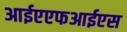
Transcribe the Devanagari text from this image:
आईएएफआईएस